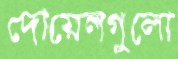
দোয়েলগুলো